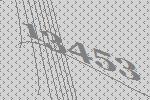
13453